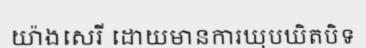
យ៉ាងសេរី ដោយមានការឃុបឃិតបិទ